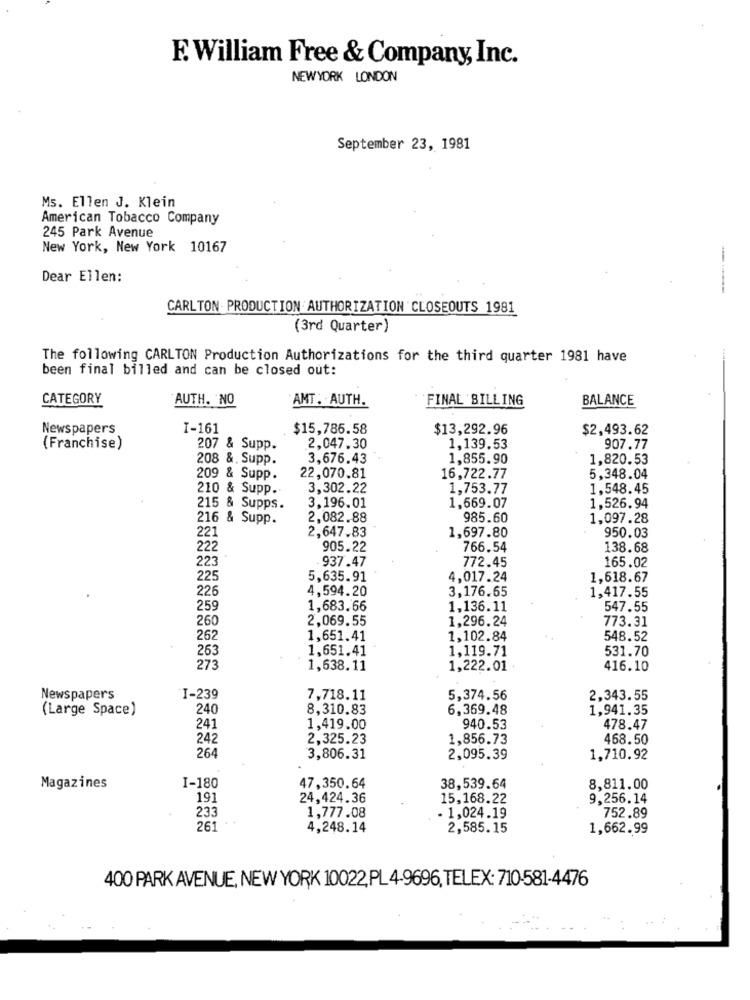
F. William Free & Company, Inc.
NEWYORK LONDON
September 23, 1981
Ms. Ellen J. Klein
American Tobacco Company
245 Park Avenue
New York, New York 10167
Dear Ellen:
CARLTON PRODUCTION AUTHORIZATION CLOSEOUTS 1981
(3rd Quarter)
The following CARLTON Production Authorizations for the third quarter 1981 have
been final billed and can be closed out:
CATEGORY
AUTH. NO
AMT . AUTH.
..
BALANCE
FINAL BILLING
Newspapers
I-161
$15,786.58
$13,292.96
$2,493.62
(Franchise)
207 & Supp.
2.047.30
1,139.53
907.77
208 &. Supp.
3,676.43
1,855.90
1,820.53
209 & Supp.
22,070.81
16,722.77
5,348.04
210 & Supp.
3,302.22
1,753.77
1,548.45
215 & Supps.
3,196.01
1,669.07
1,526.94
216 & Supp.
2.082.88
985.60
1,097.28
221
2,647.83
1,697.80
950.03
222
905.22
766.54
138.68
223
937.47
772.45
165.02
225
5,635.91
4,017.24
1,618.67
226
4,594.20
3,176.65
1,417.55
259
1,683.66
1,136.11
547.55
26
2,069.55
1,296.24
773.31
262
1,651.41
1,102.84
548.52
263
1,651.41
1,119.71
531.70
273
1,638.11
1,222.01
416.10
Newspapers
I-239
7,718.11
5,374.56
2,343.55
(Large Space)
240
8,310.83
6,369.48
1,941.35
241
1,419.00
940.53
478.47
24
2,325.23
1,856.73
468.50
264
3,806.31
2,095.39
1,710.92
I-180
Magazines
47,350.64
38,539.64
8,811.00
191
24,424.36
15,168.22
9,256.14
233
1,777.08
- 1,024.19
752.89
261
4,248.14
2,585.15
1,662.99
400 PARK AVENUE, NEW YORK 10022,PL 4-9696, TELEX: 710-581-4476